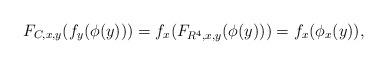
LaTeX: \begin{align*} F_{C,x,y}(f_{y}(\phi(y)))=f_{x}(F_{R^{4},x,y}(\phi(y)))=f_{x}(\phi_{x}(y)),\end{align*}